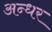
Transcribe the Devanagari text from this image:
अन्धर